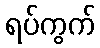
ရပ်ကွက်